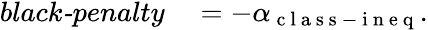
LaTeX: \begin{array}{rl}{\textit{black-penalty}}&{{}=-\alpha_{\mathrm{~c~l~a~s~s~-~i~n~e~q~}}.}\end{array}